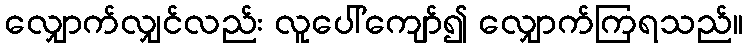
လျှောက်လျှင်လည်း လူပေါ်ကျော်၍ လျှောက်ကြရသည်။